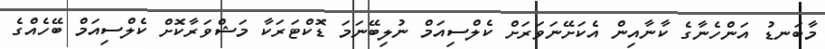
މާބަނޑު އަންހެނާގެ ކާނާއިން އެކަށޭނަވަރަށް ކެލްސިއަމް ނުލިބޭނަމަ ޑޮކްޓަރަކާ މަޝްވަރާކޮށް ކެލްސިއަމް ބޭހެއްގެ